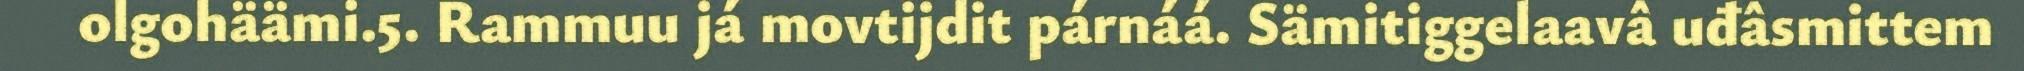
olgohäämi.5. Rammuu já movtijdit párnáá. Sämitiggelaavâ uđâsmittem